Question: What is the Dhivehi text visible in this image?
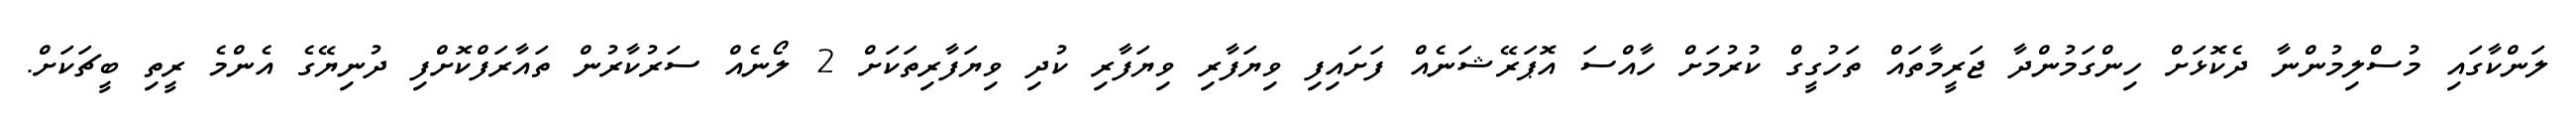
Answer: ލަންކާގައި މުސްލިމުންނާ ދެކޮޅަށް ހިންގަމުންދާ ޖަރީމާތައް ތަހުގީގް ކުރުމަށް ހާއްސަ އޮޕަރޭޝަނެއް ފަށައިފި ވިޔަފާރި ވިޔަފާރި ކުދި ވިޔަފާރިތަކަށް 2 ލޯނެއް ސަރުކާރުން ތައާރަފްކޮށްފި ދުނިޔޭގެ އެންމެ ރީތި ބީޗަކަށް.